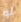
لو